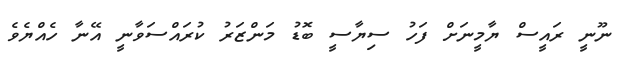
ނޫނީ ރައީސް ޔާމީނަށް ފަހު ސިޔާސީ ބޮޑު މަންޒަރު ކުރައްސަވާނީ އޭނާ ހެއްޔެވެ